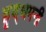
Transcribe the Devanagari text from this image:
हृद्‌धमनी